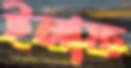
ইলাফ